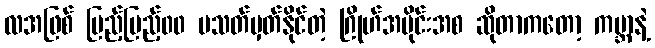
လအဖြစ် ပြည့်ပြည့်၀၀ မသတ်မှတ်နိုင်တဲ့ ဂြိုဟ်အပိုင်းအစ ဆိုတာကတော့ ကမ္ဘာနဲ့